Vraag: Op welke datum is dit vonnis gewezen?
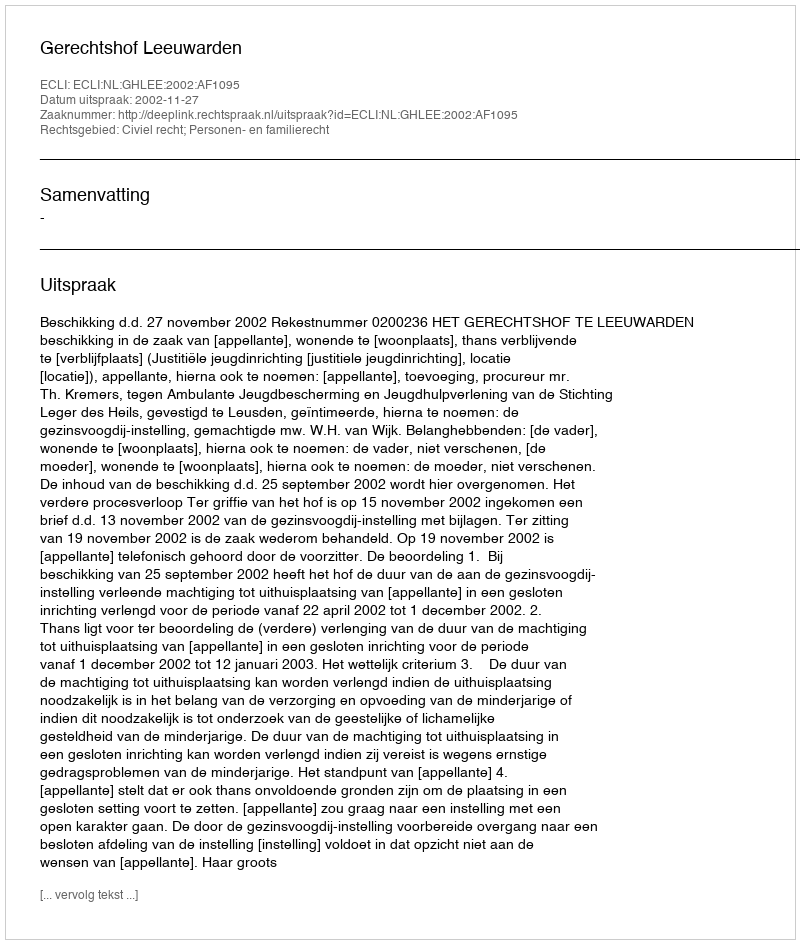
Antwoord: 2002-11-27